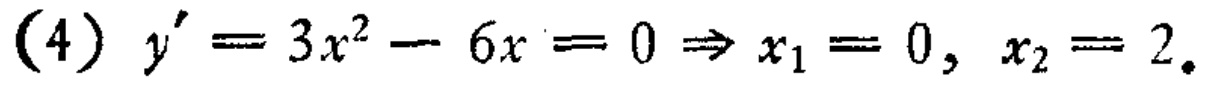
\((4)\ y' = 3x^{2}-6x = 0\Rightarrow x_{1}=0,\ x_{2}=2.\)